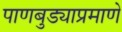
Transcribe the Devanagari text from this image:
पाणबुड्याप्रमाणे